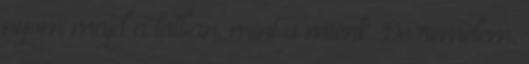
nyom majd a latban, mint a miénk. De remélem,